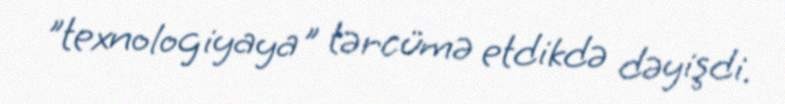
"texnologiyaya" tərcümə etdikdə dəyişdi.